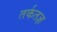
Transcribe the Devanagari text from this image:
तर्कतज्ञ